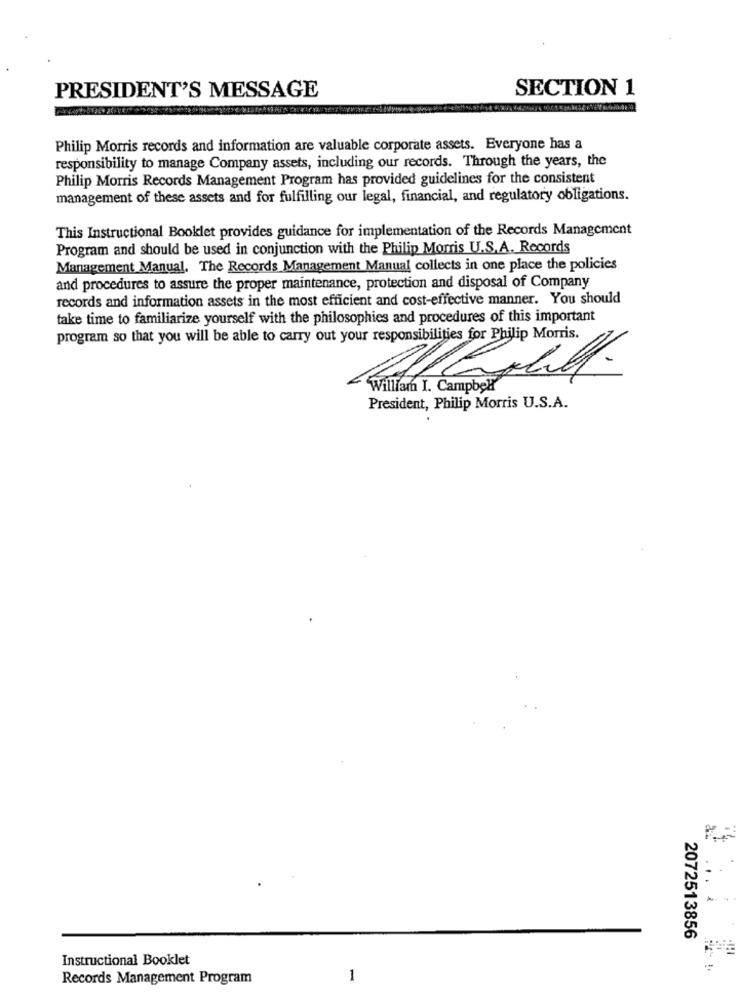
SECTION 1
PRESIDENT'S MESSAGE
Philip Morris records and information are valuable corporate assets. Everyone has a
responsibility to manage Company assets, including our records. Through the years, the
Philip Morris Records Management Program has provided guidelines for the consistent
management of these assets and for fulfilling our legal, financial, and regulatory obligations.
This Instructional Booklet provides guidance for implementation of the Records Management
Program and should be used in conjunction with the Philip Morris U.S.A. Records
Management Manual. The Records Management Manual collects in one place the policies
and procedures to assure the proper maintenance, protection and disposal of Company
records and information assets in the most efficient and cost-effective manner. You should
take time to familiarize yourself with the philosophies and procedures of this important
program so that you will be able to carry out your responsibilities for Philip Morris.
William I. Campbel
President, Philip Morris U.S.A.
2072513856
Instructional Booklet
Records Management Program
1